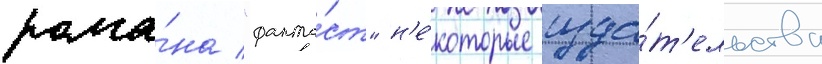
рома́на "фанта́ст" н'е́которые изда́т'ельства